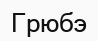
Грюбэ